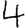
Digit: 4